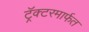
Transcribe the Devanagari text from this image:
ट्रॅक्टरमार्फत